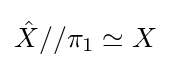
{\hat {X}}//\pi _{1}\simeq X